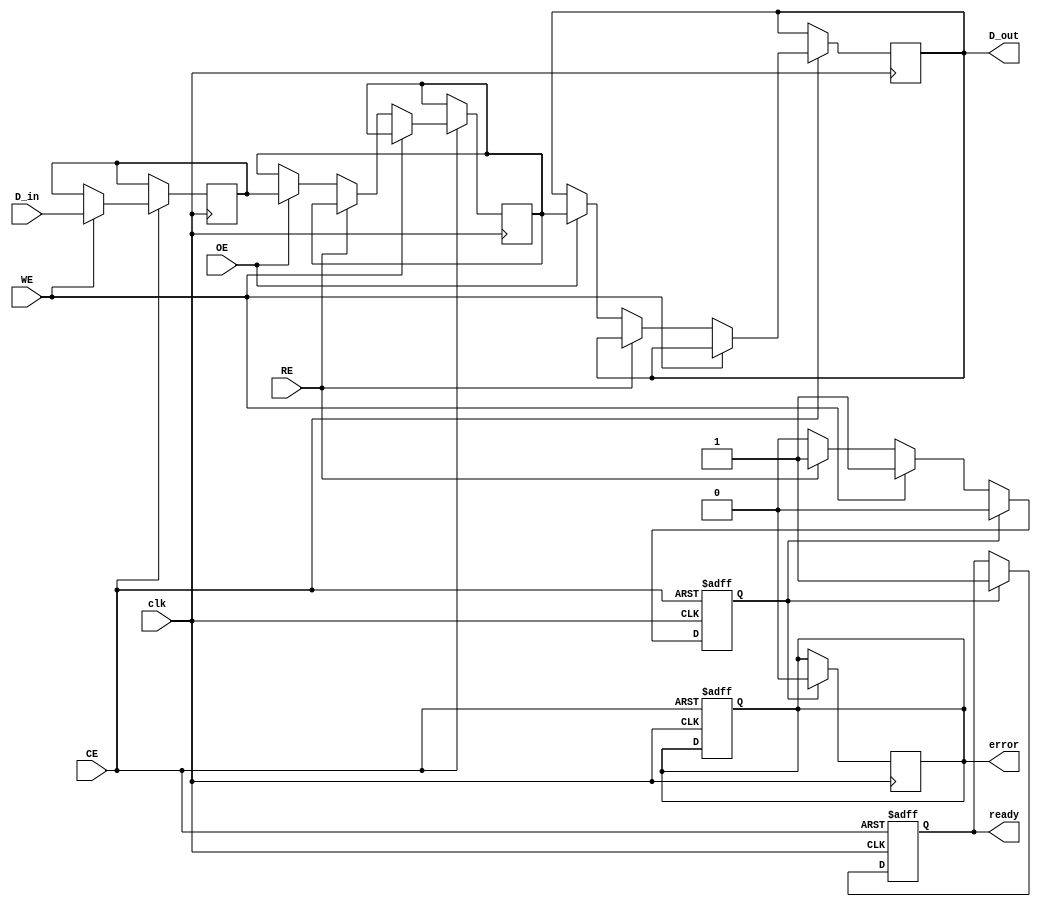
module QLC_NAND_IO_Block (
    input wire [3:0] D_in,         // Data Inputs (D0-D3)
    output reg [3:0] D_out,        // Data Outputs (D0-D3)
    input wire RE,                 // Read Enable
    input wire WE,                 // Write Enable
    input wire CE,                 // Chip Enable
    input wire OE,                 // Output Enable
    input wire clk,                // Clock
    output reg ready,              // Ready status
    output reg error               // Error status
);

    // Internal signals
    reg [3:0] data_latch;          // Input latch for data
    reg [3:0] output_latch;        // Output latch for data
    reg [1:0] command;             // Command decoder output
    reg busy;                      // Busy status flag

    // Command definitions
    localparam CMD_READ  = 2'b00;
    localparam CMD_WRITE = 2'b01;
    localparam CMD_ERASE = 2'b10;

    // State machine for command processing
    always @(posedge clk or negedge CE) begin
        if (!CE) begin
            ready <= 1'b0;
            busy <= 1'b0;
            error <= 1'b0;
        end else begin
            if (WE) begin
                // Write operation
                data_latch <= D_in; // Latch input data
                command <= CMD_WRITE;
                busy <= 1'b1;
            end else if (RE) begin
                // Read operation
                command <= CMD_READ;
                busy <= 1'b1;
            end else if (OE) begin
                // Output operation
                output_latch <= data_latch; // Drive output data
                D_out <= output_latch;
            end
            
            // Simulate operation completion
            if (busy) begin
                // Here you would typically check for errors and perform ECC
                ready <= 1'b1; // Indicate ready after operation
                busy <= 1'b0;  // Clear busy flag
            end
        end
    end

    // Error correction logic (simplified)
    always @(posedge clk) begin
        if (busy) begin
            // Placeholder for ECC logic
            // Set error flag if ECC fails (not implemented here)
            error <= 1'b0; // Assume no error for this example
        end
    end

endmodule